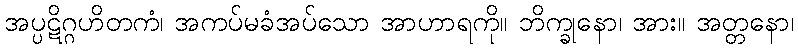
အပ္ပဋိဂ္ဂဟိတကံ၊ အကပ်မခံအပ်သော အာဟာရကို။ ဘိက္ခုနော၊ အား။ အတ္တနော၊